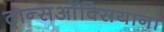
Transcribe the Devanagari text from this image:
ट्रान्सऑक्सियाना